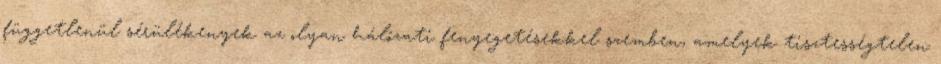
függetlenül sérülékenyek az olyan hálózati fenyegetésekkel szemben, amelyek tisztességtelen